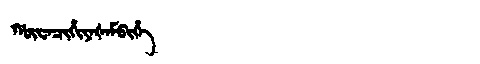
Manchu: ᡤᡡᠸᠠᠴᡳᡥᡳᠶᠠᡧᠠᠮᠪᡳᡥᡝ
Romanization: GŪWACIHIYAŠAMBIHE